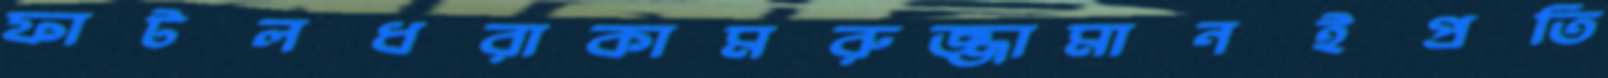
ফাটলধরাকামরুজ্জামানইপ্রতি